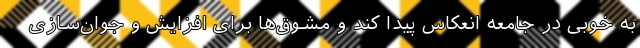
به خوبی در جامعه انعکاس پیدا کند و مشوق‌ها برای افزایش و جوان‌سازی